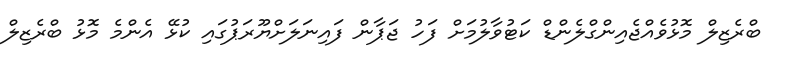
ބްރެޒިލް މޮޅުވެއްޖެއިންގްލެންޑް ކަޓުވާލުމަށް ފަހު ޖަޕާން ފައިނަލަށްޔޫރަޕުގައި ކުޅޭ އެންމެ މޮޅު ބްރެޒިލް